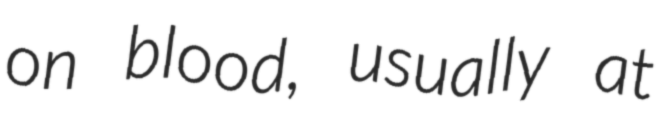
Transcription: on blood, usually at